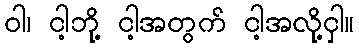
ဝါ၊ ငါ့ဘို့ ငါ့အတွက် ငါ့အလို့ငှါ။